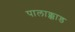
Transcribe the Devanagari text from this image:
पालाक्काड